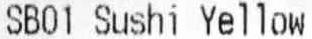
SB01 SUSHI YELLOW